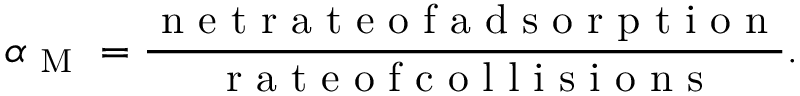
\alpha _ { \mathrm { ~ M ~ } } = \frac { \mathrm { ~ n ~ e ~ t ~ r ~ a ~ t ~ e ~ o ~ f ~ a ~ d ~ s ~ o ~ r ~ p ~ t ~ i ~ o ~ n ~ } } { \mathrm { ~ r ~ a ~ t ~ e ~ o ~ f ~ c ~ o ~ l ~ l ~ i ~ s ~ i ~ o ~ n ~ s ~ } } .